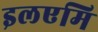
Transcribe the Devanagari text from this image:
इलएमि